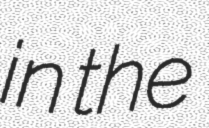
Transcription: in the